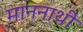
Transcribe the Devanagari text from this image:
माननाथी